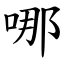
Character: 哪